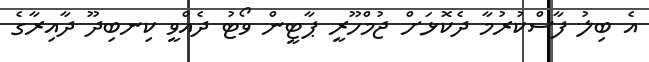
އެ ބިލު ފާސްކުރުމާ ދެކޮޅަށް ޖުމްހޫރީ ޕާޓީން ވޯޓު ދެއްވީ ކިނބިދޫ ދާއިރާގެ